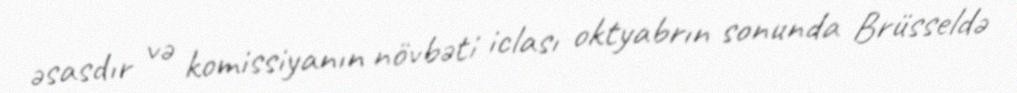
əsasdır və komissiyanın növbəti iclası oktyabrın sonunda Brüsseldə